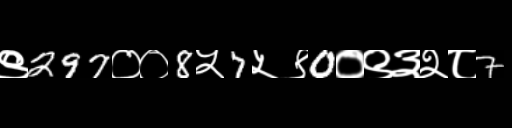
Text: ९297००8५7५९0०९३२८7